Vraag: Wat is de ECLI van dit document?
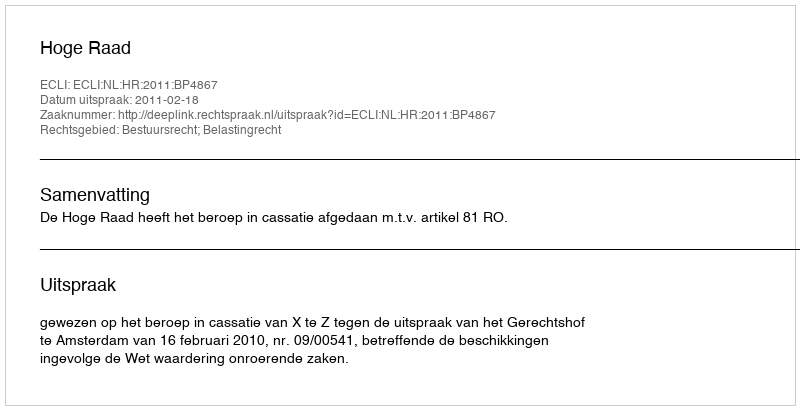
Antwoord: ECLI:NL:HR:2011:BP4867